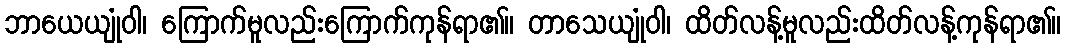
ဘာယေယျုံဝါ၊ ကြောက်မူလည်းကြောက်ကုန်ရာ၏။ တာသေယျုံဝါ၊ ထိတ်လန့်မူလည်းထိတ်လန့်ကုန်ရာ၏။